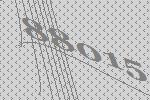
88015